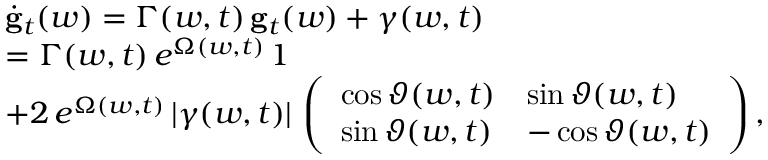
\begin{array} { r l } & { \dot { \bf g } _ { t } ( w ) = \Gamma ( w , t ) \, { \bf g } _ { t } ( w ) + \boldsymbol { \gamma } ( w , t ) } \\ & { = \Gamma ( w , t ) \, e ^ { \Omega ( w , t ) } \, \boldsymbol { 1 } } \\ & { + 2 \, e ^ { \Omega ( w , t ) } \, | \gamma ( w , t ) | \, \left( \begin{array} { l l } { \cos { \vartheta ( w , t ) } } & { \sin { \vartheta ( w , t ) } } \\ { \sin { \vartheta ( w , t ) } } & { - \cos { \vartheta ( w , t ) } } \end{array} \right) , } \end{array}